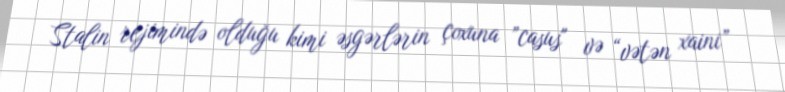
Stalin rejimində olduğu kimi əsgərlərin çoxuna ”casus" və “vətən xaini”